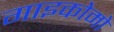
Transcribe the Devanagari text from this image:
गाइकोमो